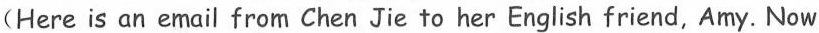
(Here is an email from Chen Jie to her English friend, Amy. Now